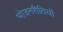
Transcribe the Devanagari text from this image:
भोजनरीतियों